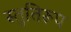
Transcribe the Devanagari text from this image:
स्तुतिरूप